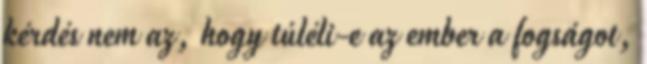
kérdés nem az, hogy túléli-e az ember a fogságot,